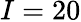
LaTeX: I=20